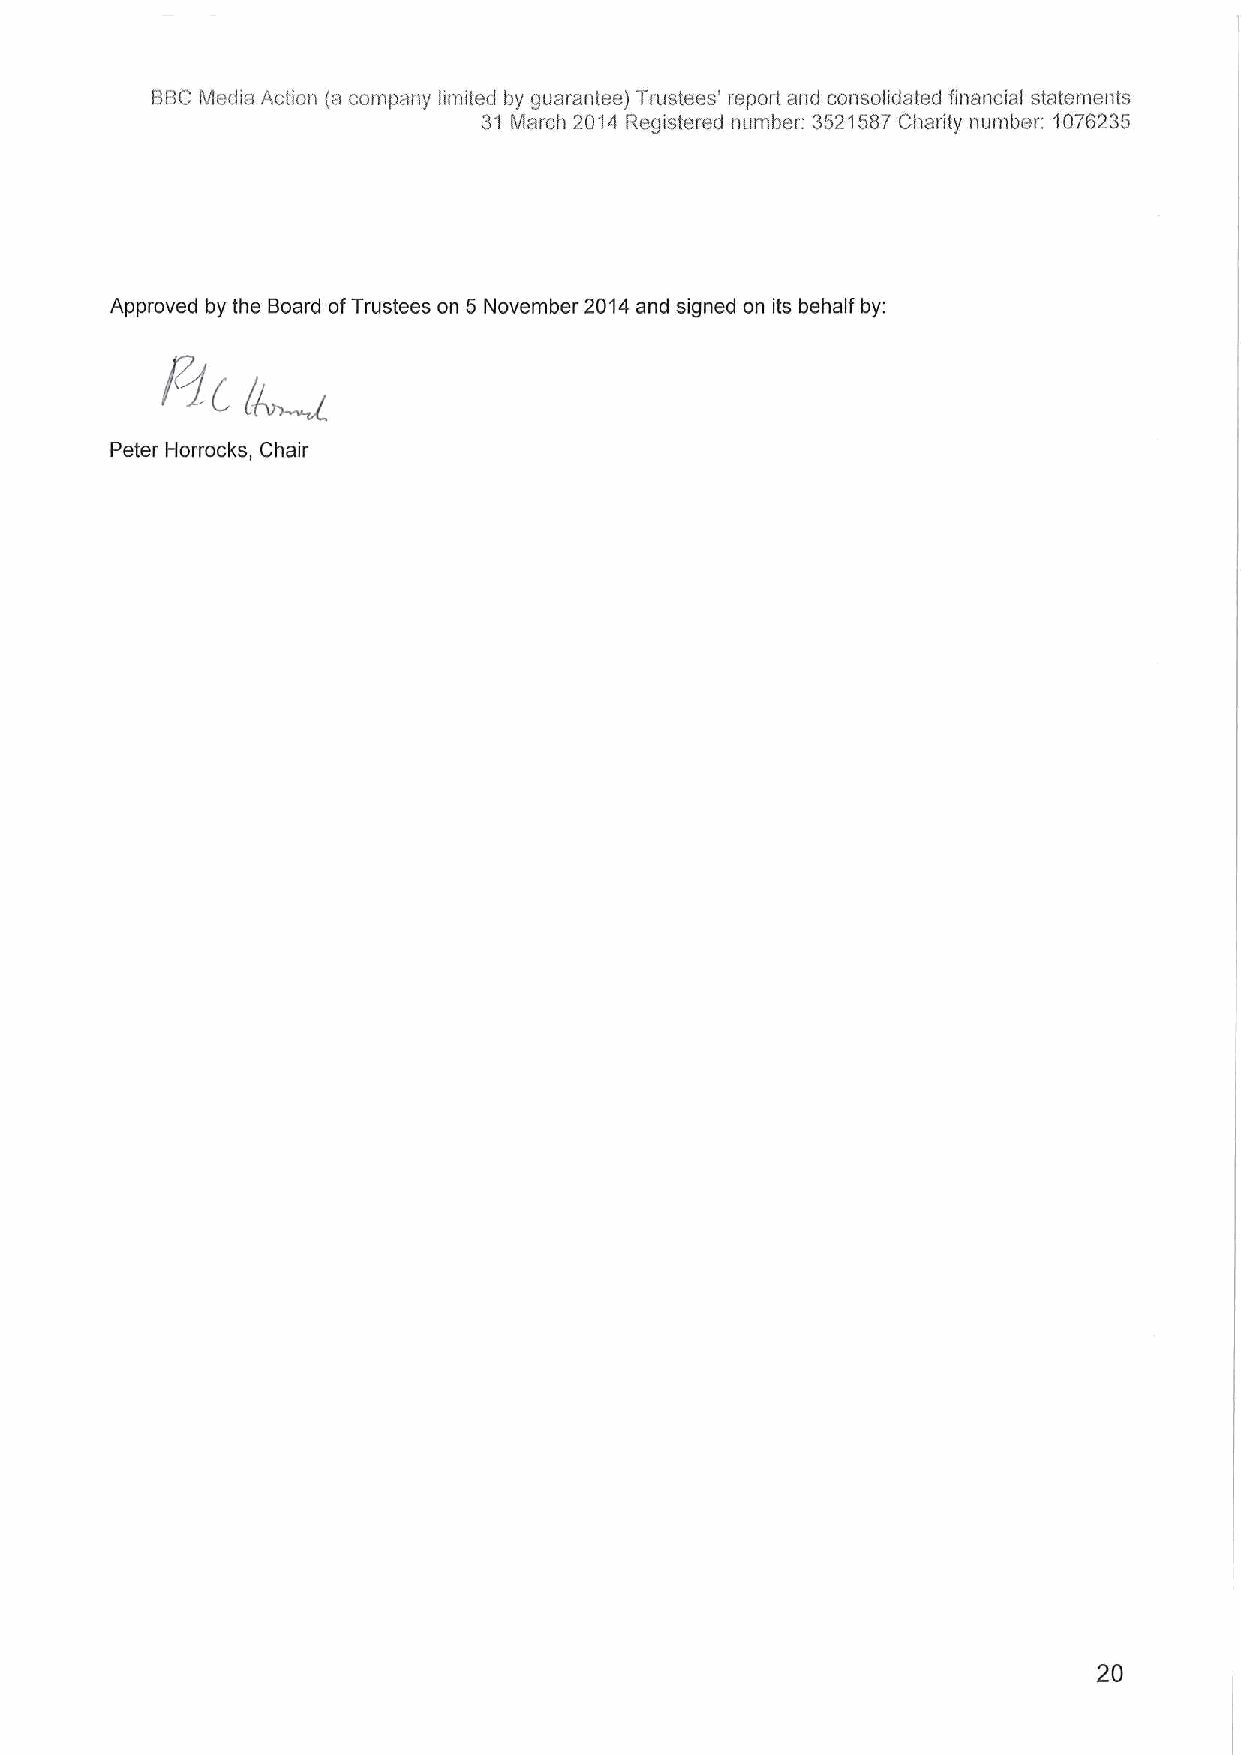
BBCMedia Action ta company limited by guarantee) Trustees' report and consolidated financial statements
 31 March 2014 Registered number: 3521587Charity number: 1076235
 Approved by the Board ofTrustees on 5 November 2014and signed on its behalf by:
 Peter Horrocks, Chair
 20